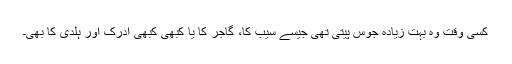
کسی وقت وہ بہت زیادہ جوس پیتی تھی جیسے سیب کا، گاجر کا یا کبھی کبھی ادرک اور ہلدی کا بھی۔